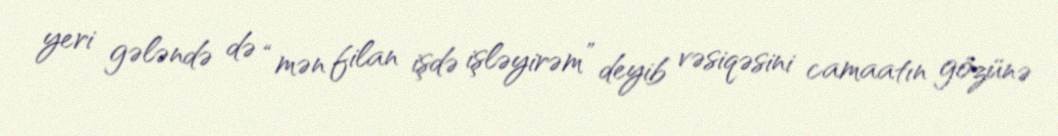
yeri gələndə də “mən filan işdə işləyirəm” deyib vəsiqəsini camaatın gözünə